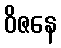
ဝိဇနေ